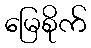
မြေစိုက်